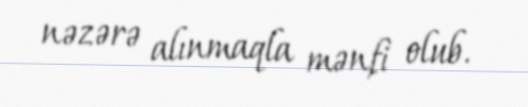
nəzərə alınmaqla mənfi olub.